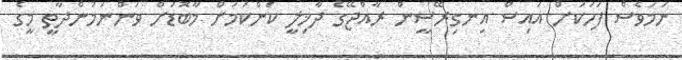
ނަމަވެސް ފަހަކަށް އައިސް އިނގިރޭސީން ރާއްޖޭގެ ދާޚިލީ ކަންކަމަށް މާބޮޑަށް ވަންނަމުންދާތީ މީގެ